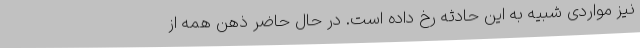
نیز مواردی شبیه به این حادثه رخ داده است. در حال حاضر ذهن همه از